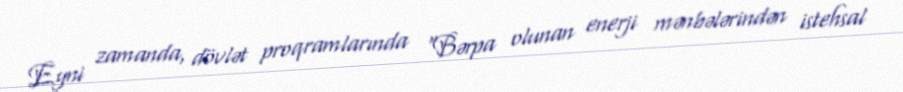
Eyni zamanda, dövlət proqramlarında "Bərpa olunan enerji mənbələrindən istehsal